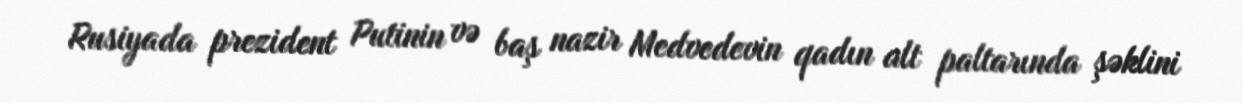
Rusiyada prezident Putinin və baş nazir Medvedevin qadın alt paltarında şəklini